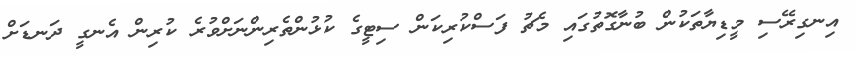
އިނގިރޭސި މީޑިޔާތަކުން ބުނާގޮޮތުގައި މެޗު ފަސްކުރިކަން ސިޓީގެ ކުޅުންތެރިންނަށްވުރެ ކުރިން އެނގީ ދަނޑަށް